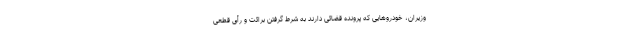
وزیران، خودروهایی که پرونده قضائی دارند به شرط گرفتن برائت و رأی قطعی